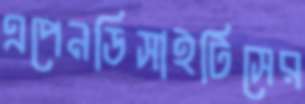
এপেনডিসাইটিসের